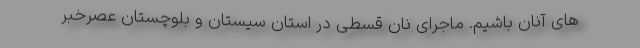
های آنان باشیم. ماجرای نان قسطی در استان سیستان و بلوچستان عصرخبر